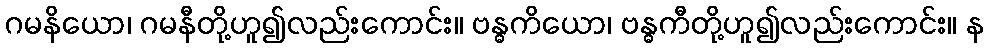
ဂမနိယော၊ ဂမနီတို့ဟူ၍လည်းကောင်း။ ဗန္ဓကိယော၊ ဗန္ဓကီတို့ဟူ၍လည်းကောင်း။ န